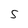
Character: S